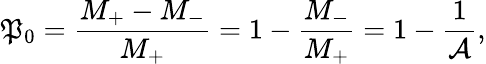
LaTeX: \mathfrak{P}_{0}=\frac{{M_{+}-M_{-}}}{{M_{+}}}=1-\frac{{M_{-}}}{{M_{+}}}=1-\frac{{1}}{{\mathcal{{A}}}},